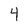
Character: 4